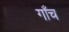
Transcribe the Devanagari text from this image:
गाँच